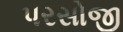
પરસોજી